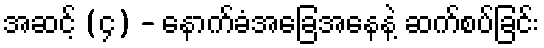
အဆင့် (၄) - နောက်ခံအခြေအနေနဲ့ ဆက်စပ်ခြင်း